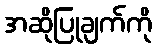
အဆိုပြုချက်ကို